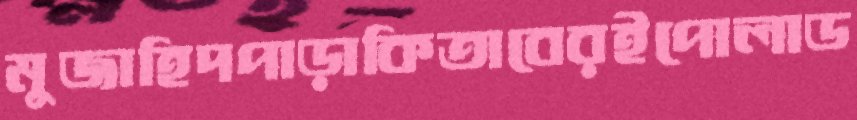
মুজাহিদপাড়াকিতাবেরইপোলাড